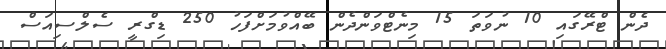
ދެން ޓްރޭގައި 10 ނުވަތަ 15 މިނެޓްވަންދެން ބޭއްވުމަށްފަހު 250 ޑިގްރީ ސެލްސިއަސް